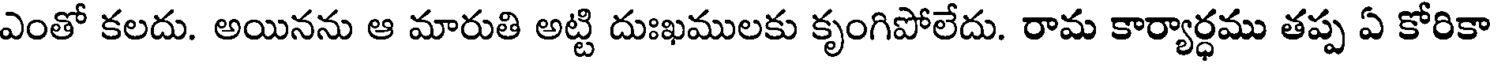
ఎంతో కలదు. అయినను ఆ మారుతి అట్టి దుఃఖములకు కృంగిపోలేదు. రామ కార్యార్ధము తప్ప ఏ కోరికా